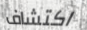
اكتشاف